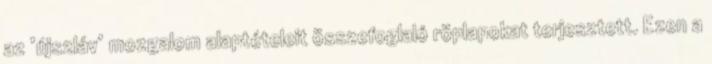
az ’újszláv’ mozgalom alaptételeit összefoglaló röplapokat terjesztett. Ezen a